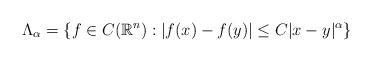
LaTeX: \begin{align*}\Lambda_\alpha = \{ f \in C(\mathbb R^n) : |f(x)-f(y)|\le C|x-y|^\alpha \}\end{align*}